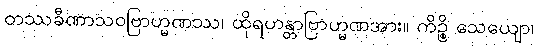
တဿခီဏာသဝဗြာဟ္မဏဿ၊ ထိုရဟန္တာဗြာဟ္မဏအား။ ကိဉ္စိ သေယျော၊